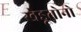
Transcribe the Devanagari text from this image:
खेडूतोनो